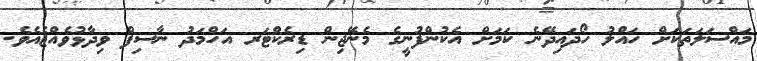
މައްސަލަތަކަށް ހައްލު ހޯދައިދޭނެ ކަމަށް އެކުންފުނީގެ މެނޭޖިން ޑިރެކްޓަރ އަހްމަދު ނާސިފް ވިދާޅުވެއްޖެއެވެ.